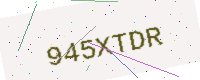
Text: 945XTDR